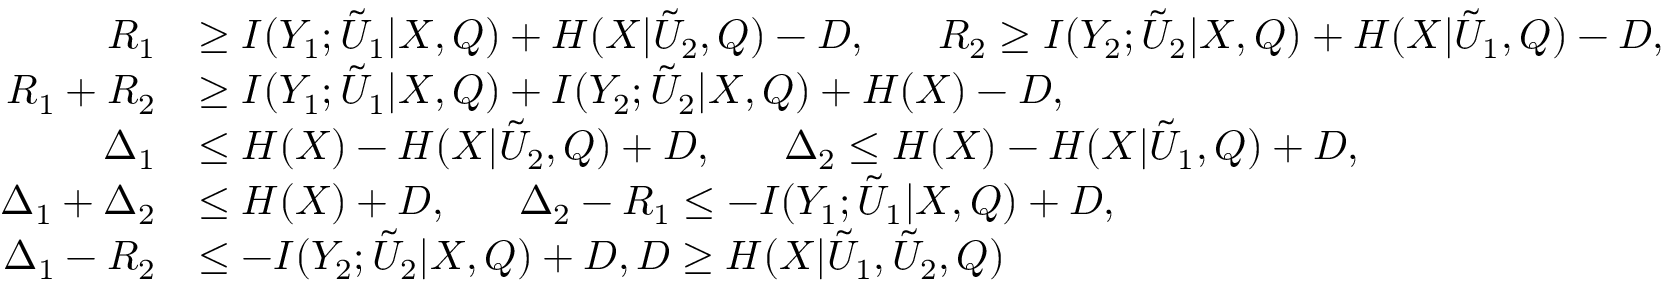
\begin{array} { r l } { R _ { 1 } } & { \ge I ( Y _ { 1 } ; \Tilde { U } _ { 1 } | X , Q ) + H ( X | \Tilde { U } _ { 2 } , Q ) - D , ~ ~ ~ ~ ~ R _ { 2 } \ge I ( Y _ { 2 } ; \Tilde { U } _ { 2 } | X , Q ) + H ( X | \Tilde { U } _ { 1 } , Q ) - D , } \\ { R _ { 1 } + R _ { 2 } } & { \ge I ( Y _ { 1 } ; \Tilde { U } _ { 1 } | X , Q ) + I ( Y _ { 2 } ; \Tilde { U } _ { 2 } | X , Q ) + H ( X ) - D , } \\ { \Delta _ { 1 } } & { \le H ( X ) - H ( X | \Tilde { U } _ { 2 } , Q ) + D , ~ ~ ~ ~ ~ \Delta _ { 2 } \le H ( X ) - H ( X | \Tilde { U } _ { 1 } , Q ) + D , } \\ { \Delta _ { 1 } + \Delta _ { 2 } } & { \le H ( X ) + D , ~ ~ ~ ~ ~ \Delta _ { 2 } - R _ { 1 } \le - I ( Y _ { 1 } ; \Tilde { U } _ { 1 } | X , Q ) + D , } \\ { \Delta _ { 1 } - R _ { 2 } } & { \le - I ( Y _ { 2 } ; \Tilde { U } _ { 2 } | X , Q ) + D , D \ge H ( X | \Tilde { U } _ { 1 } , \Tilde { U } _ { 2 } , Q ) } \end{array}